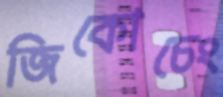
জিকোচেং